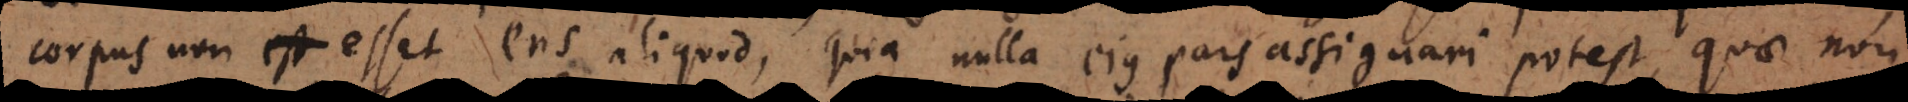
corpus non est esset ens aliquod, quia nulla ejus pars assignari potest, quae non